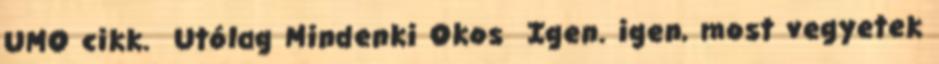
UMO cikk. Utólag Mindenki Okos Igen. igen, most vegyetek